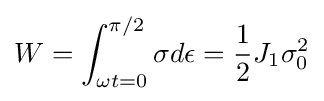
W=\int _{\omega t=0}^{\pi /2}\sigma d\epsilon ={\frac {1}{2}}J_{1}\sigma _{0}^{2}